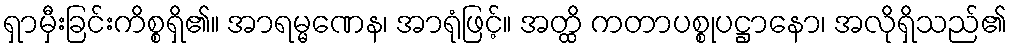
ရှာမှီးခြင်းကိစ္စရှိ၏။ အာရမ္မဏေန၊ အာရုံဖြင့်။ အတ္ထိ ကတာပစ္စုပဋ္ဌာနော၊ အလိုရှိသည်၏